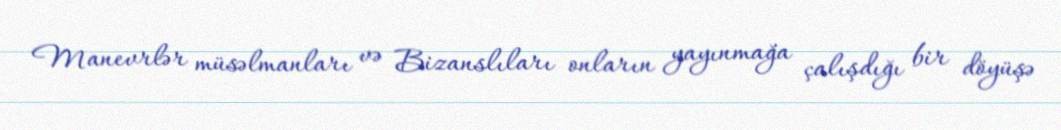
Manevrlər müsəlmanları və Bizanslıları onların yayınmağa çalışdığı bir döyüşə